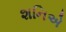
શનિએ